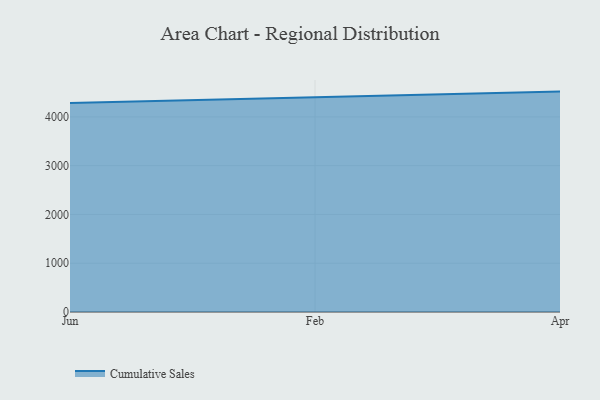
{"axis": {"x": "Month", "y": "Latency (ms)"}, "legend": ["Cumulative Sales"], "data": [{"x": "Jun", "y": 4285.8, "type": "Cumulative Sales"}, {"x": "Feb", "y": 4403.6, "type": "Cumulative Sales"}, {"x": "Apr", "y": 4518.4, "type": "Cumulative Sales"}]}